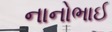
નાનોભાઈ